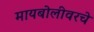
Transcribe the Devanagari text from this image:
मायबोलीवरचे